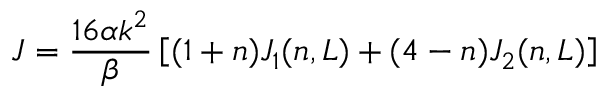
J = \frac { 1 6 \alpha k ^ { 2 } } { \beta } \left[ ( 1 + n ) J _ { 1 } ( n , L ) + ( 4 - n ) J _ { 2 } ( n , L ) \right]